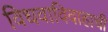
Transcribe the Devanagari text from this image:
विधवाविवाहाची